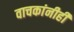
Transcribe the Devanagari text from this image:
वाचकांनीही